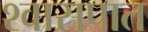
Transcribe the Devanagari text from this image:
श्वासपात